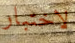
لاختبار